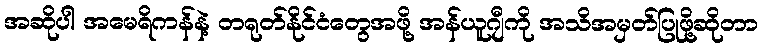
အဆိုပါ အမေရိကန်နဲ့ တရုတ်နိုင်ငံတွေအဖို့ အန်ယူဂျီကို အသိအမှတ်ပြုဖို့ဆိုတာ